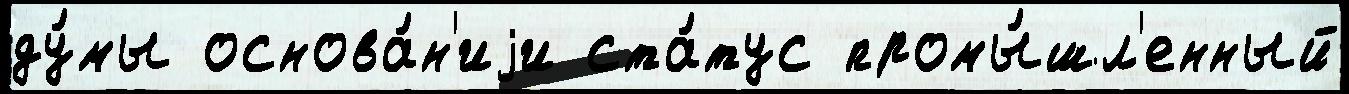
ду́мы основа́н'иjи ста́тус промы́шл'енный